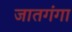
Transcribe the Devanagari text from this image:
जातगंगा